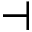
\dashv